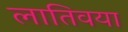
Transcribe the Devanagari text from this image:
लातिवया